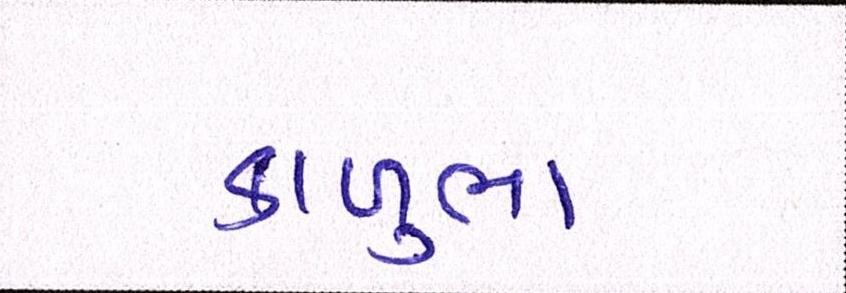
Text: કાળુભા